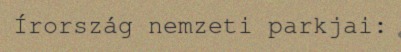
Írország nemzeti parkjai: